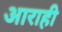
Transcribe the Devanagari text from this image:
आराही